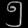
Digit: ၅